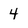
Character: 4